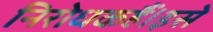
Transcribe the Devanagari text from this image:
निरोधकहैं।इसे